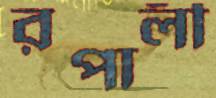
রপালী